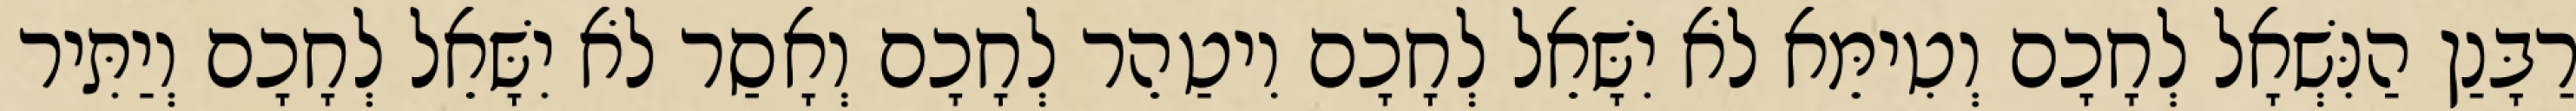
רַבָּנַן הַנִּשְׁאָל לְחָכָם וְטִימֵּא לֹא יִשָּׁאֵל לְחָכָם וִיטַהֵר לְחָכָם וְאָסַר לֹא יִשָּׁאֵל לְחָכָם וְיַתִּיר